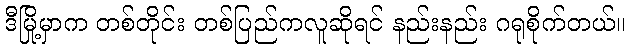
ဒီမြို့မှာက တစ်တိုင်း တစ်ပြည်ကလူဆိုရင် နည်းနည်း ဂရုစိုက်တယ်။